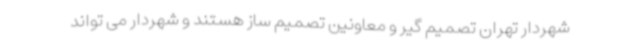
شهردار تهران تصمیم گیر و معاونین تصمیم ساز هستند و شهردار می تواند